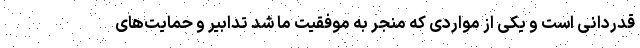
قدردانی است و یکی از مواردی که منجر به موفقیت ما شد تدابیر و حمایت‌های